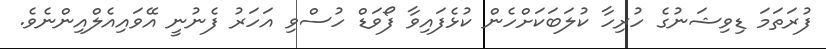
ފުރަތަމަ ޑިވިޝަނުގެ ހުރިހާ ކުލަބަކަށްހެން ކުޅެފައިވާ ފޯވަޑް ހުސްވި އަހަރު ފެނުނީ އޭވައިއެލްއިންނެވެ.